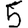
Digit: 5